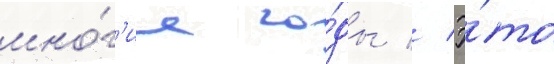
мно́г'ие го́ды // Э́то